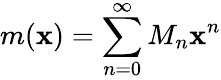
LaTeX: m(\mathbf{x})=\sum_{n=0}^{\infty}M_{n}\mathbf{x}^{n}